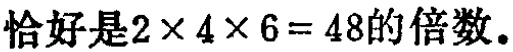
恰好是\(2\times 4\times 6 = 48\)的倍数。